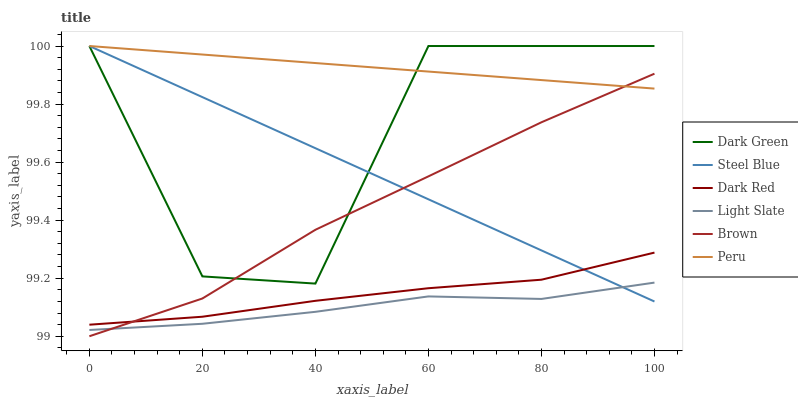
| xaxis_label | Dark Green | Steel Blue | Dark Red | Light Slate | Brown | Peru |
 | --- | --- | --- | --- | --- | --- | --- |
 | 0 | 100 | 100 | 99 | 99 | 99 | 100 |
 | 20 | 99.2 | 99.8 | 99.1 | 99 | 99.1 | 100 |
 | 40 | 99.2 | 99.6 | 99.1 | 99.1 | 99.4 | 99.9 |
 | 60 | 100 | 99.5 | 99.2 | 99.1 | 99.6 | 99.9 |
 | 80 | 100 | 99.3 | 99.2 | 99.1 | 99.7 | 99.9 |
 | 100 | 100 | 99.1 | 99.3 | 99.2 | 99.9 | 99.9 |